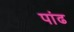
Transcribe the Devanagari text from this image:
पांढ